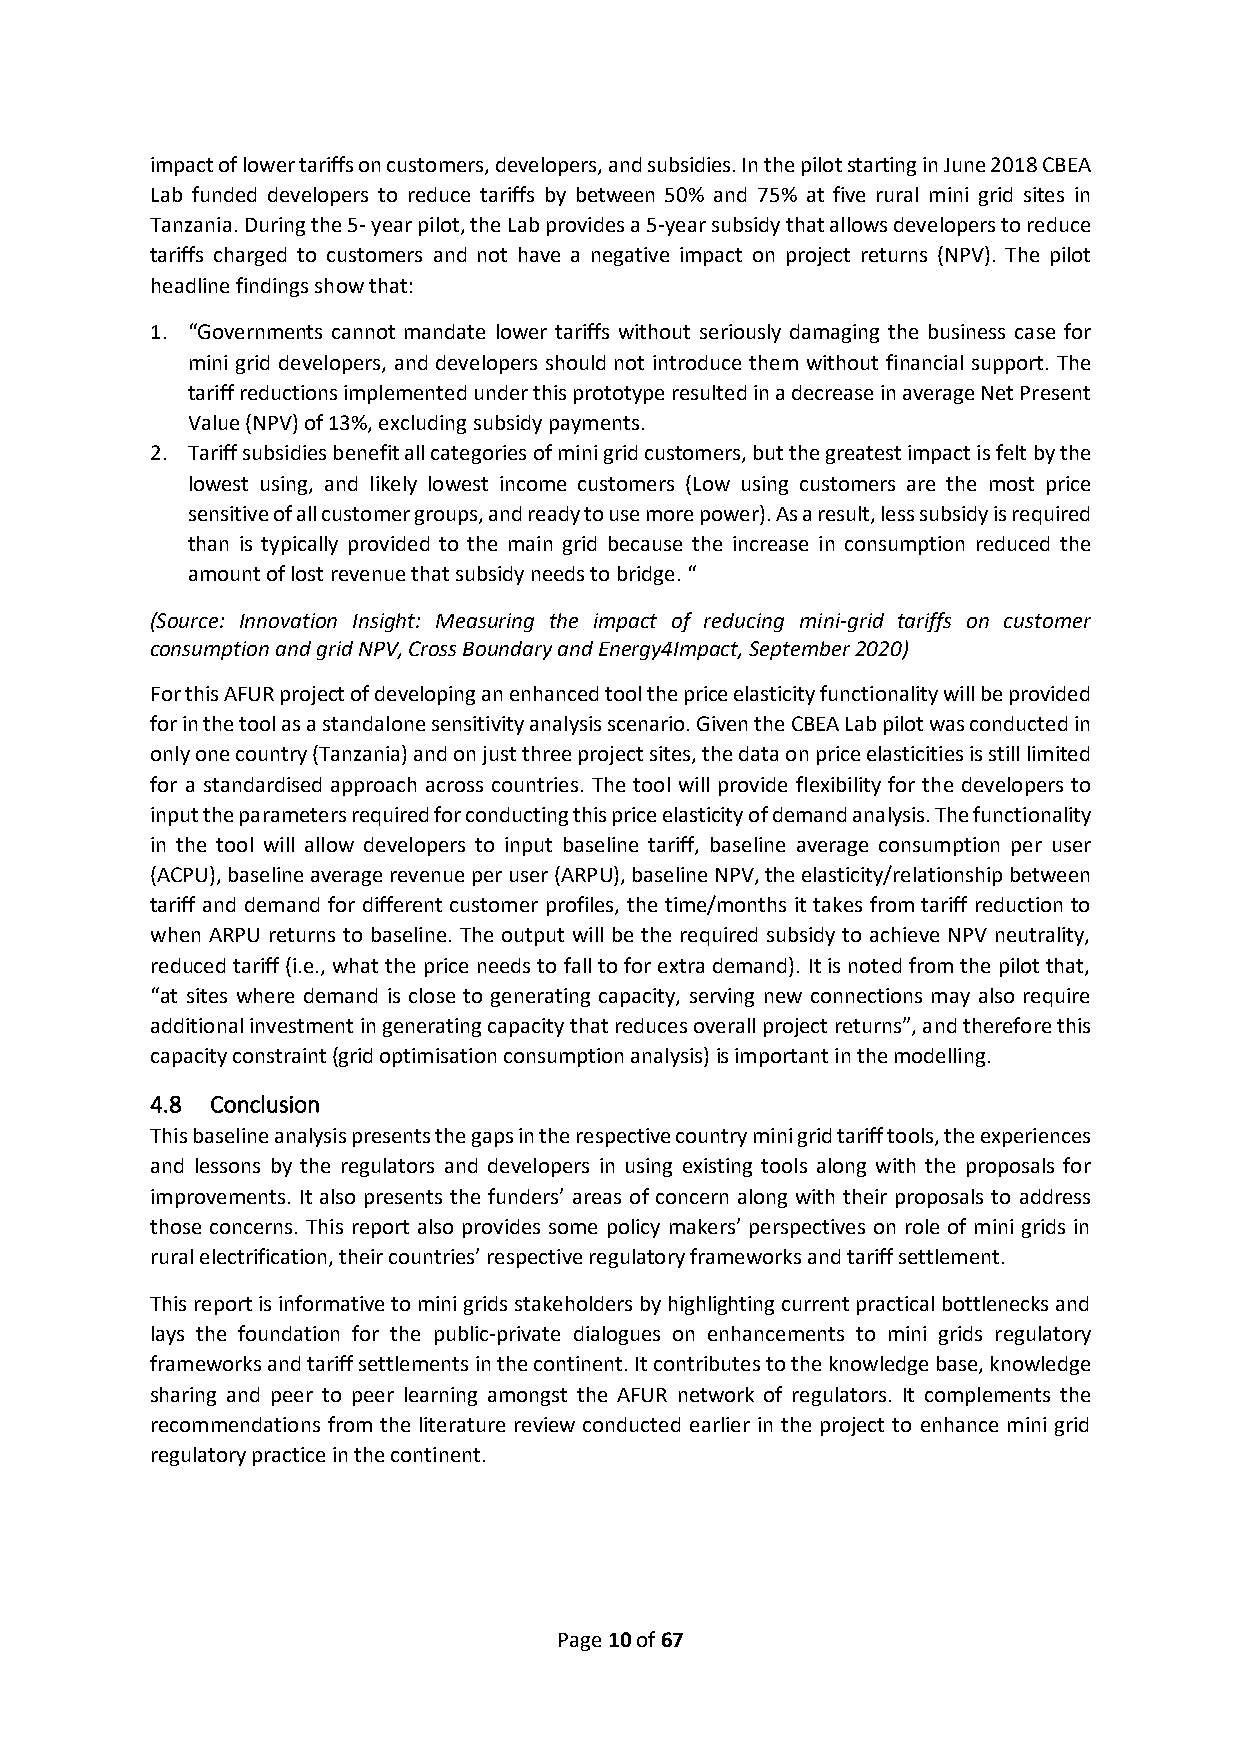
impact of lower tariffs on customers, developers, and subsidies. In the pilot starting in June 2018 CBEA
 Lab funded developers to reduce tariffs by between 50% and 75% at five rural mini grid sites in
 Tanzania. During the 5- year pilot, the Lab provides a 5-year subsidy that allows developers to reduce
 tariffs charged to customers and not have a negative impact on project returns (NPV). The pilot
 headline findings show that:
 1. “Governments cannot mandate lower tariffs without seriously damaging the business case for
 mini grid developers, and developers should not introduce them without financial support. The
 tariff reductions implemented under this prototype resulted in a decrease in average Net Present
 Value (NPV) of 13%, excluding subsidy payments.
 2. Tariff subsidies benefit all categories of mini grid customers, but the greatest impact is felt by the
 lowest using, and likely lowest income customers (Low using customers are the most price
 sensitive of all customer groups, and ready to use more power). As a result, less subsidy is required
 than is typically provided to the main grid because the increase in consumption reduced the
 amount of lost revenue that subsidy needs to bridge. “
 (Source: Innovation Insight: Measuring the impact of reducing mini-grid tariffs on customer
 consumption and grid NPV, Cross Boundary and Energy4Impact, September 2020)
 For this AFUR project of developing an enhanced tool the price elasticity functionality will be provided
 for in the tool as a standalone sensitivity analysis scenario. Given the CBEA Lab pilot was conducted in
 only one country (Tanzania) and on just three project sites, the data on price elasticities is still limited
 for a standardised approach across countries. The tool will provide flexibility for the developers to
 input the parameters required for conducting this price elasticity of demand analysis. The functionality
 in the tool will allow developers to input baseline tariff, baseline average consumption per user
 (ACPU), baseline average revenue per user (ARPU), baseline NPV, the elasticity/relationship between
 tariff and demand for different customer profiles, the time/months it takes from tariff reduction to
 when ARPU returns to baseline. The output will be the required subsidy to achieve NPV neutrality,
 reduced tariff (i.e., what the price needs to fall to for extra demand). It is noted from the pilot that,
 “at sites where demand is close to generating capacity, serving new connections may also require
 additional investment in generating capacity that reduces overall project returns”, and therefore this
 capacity constraint (grid optimisation consumption analysis) is important in the modelling.
 4.8 Conclusion
 This baseline analysis presents the gaps in the respective country mini grid tariff tools, the experiences
 and lessons by the regulators and developers in using existing tools along with the proposals for
 improvements. It also presents the funders’ areas of concern along with their proposals to address
 those concerns. This report also provides some policy makers’ perspectives on role of mini grids in
 rural electrification, their countries’ respective regulatory frameworks and tariff settlement.
 This report is informative to mini grids stakeholders by highlighting current practical bottlenecks and
 lays the foundation for the public-private dialogues on enhancements to mini grids regulatory
 frameworks and tariff settlements in the continent. It contributes to the knowledge base, knowledge
 sharing and peer to peer learning amongst the AFUR network of regulators. It complements the
 recommendations from the literature review conducted earlier in the project to enhance mini grid
 regulatory practice in the continent.
 Page 10 of 67